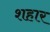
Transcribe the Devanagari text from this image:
शहार